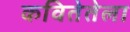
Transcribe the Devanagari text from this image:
कवितेतेला